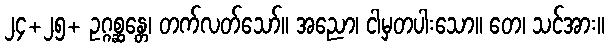
၂၄+၂၅+ ဥဂ္ဂစ္ဆန္တေ၊ တက်လတ်သော်။ အညော၊ ငါမှတပါးသော။ တေ၊ သင်အား။